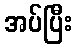
အပ်ပြီး